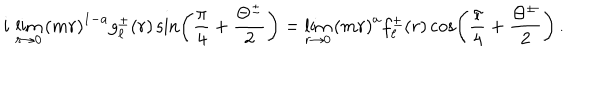
i \, \lim _ { r \rightarrow 0 } \left( m r \right) ^ { 1 - a } g _ { \ell } ^ { \pm } ( r ) \sin \left( \frac { \pi } { 4 } + \frac { \Theta ^ { \pm } } { 2 } \right) = \lim _ { r \rightarrow 0 } \left( m r \right) ^ { a } f _ { \ell } ^ { \pm } ( r ) \cos \left( \frac { \pi } { 4 } + \frac { \Theta ^ { \pm } } { 2 } \right) \, .